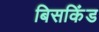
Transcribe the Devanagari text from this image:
बिसकिंड